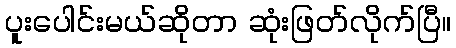
ပူးပေါင်းမယ်ဆိုတာ ဆုံးဖြတ်လိုက်ပြီ။